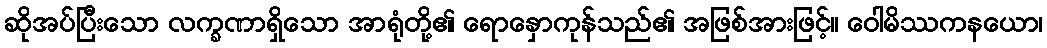
ဆိုအပ်ပြီးသော လက္ခဏာရှိသော အာရုံတို့၏ ရောနှောကုန်သည်၏ အဖြစ်အားဖြင့်။ ဝေါမိဿကနယော၊